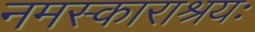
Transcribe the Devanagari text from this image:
नमस्काराश्रयः